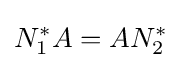
N_{1}^{*}A=AN_{2}^{*}